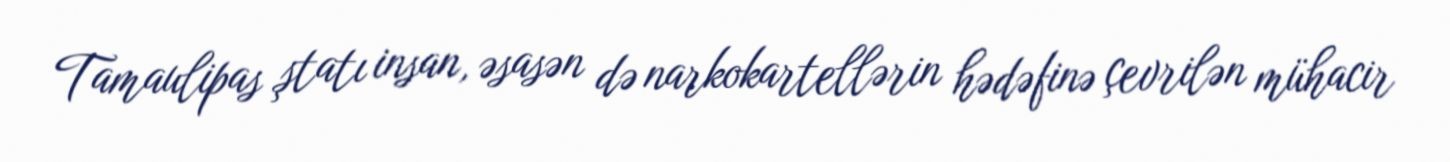
Tamaulipas ştatı insan, əsasən də narkokartellərin hədəfinə çevrilən mühacir